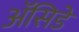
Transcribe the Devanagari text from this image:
ॲसिडे